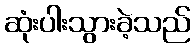
ဆုံးပါးသွားခဲ့သည်